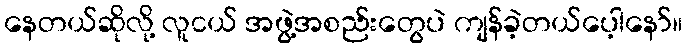
နေတယ်ဆိုလို့ လူငယ် အဖွဲ့အစည်းတွေပဲ ကျန်ခဲ့တယ်ပေ့ါနော်။